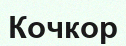
Кочкор